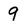
Character: 9